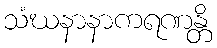
သံဃနာနာကရဏန္တိ